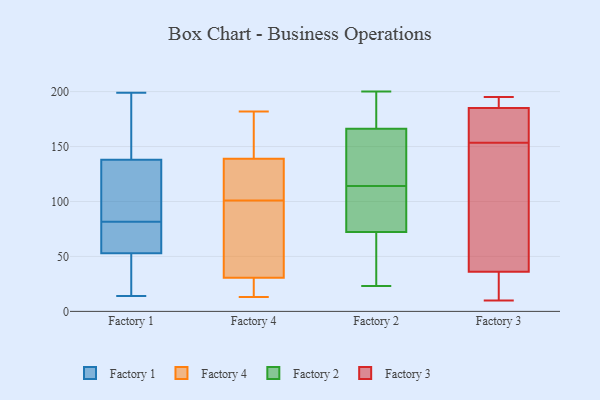
{"axis": {"x": "Latency (ms)", "y": "Value"}, "legend": ["Factory 1", "Factory 2", "Factory 3", "Factory 4"], "data": [{"x": "", "y": 168, "type": "Factory 1"}, {"x": "", "y": 120, "type": "Factory 1"}, {"x": "", "y": 66, "type": "Factory 1"}, {"x": "", "y": 132, "type": "Factory 1"}, {"x": "", "y": 14, "type": "Factory 1"}, {"x": "", "y": 20, "type": "Factory 1"}, {"x": "", "y": 90, "type": "Factory 1"}, {"x": "", "y": 199, "type": "Factory 1"}, {"x": "", "y": 63, "type": "Factory 1"}, {"x": "", "y": 31, "type": "Factory 1"}, {"x": "", "y": 18, "type": "Factory 1"}, {"x": "", "y": 73, "type": "Factory 1"}, {"x": "", "y": 192, "type": "Factory 1"}, {"x": "", "y": 138, "type": "Factory 1"}, {"x": "", "y": 53, "type": "Factory 1"}, {"x": "", "y": 72, "type": "Factory 1"}, {"x": "", "y": 161, "type": "Factory 1"}, {"x": "", "y": 126, "type": "Factory 1"}, {"x": "", "y": 128, "type": "Factory 4"}, {"x": "", "y": 28, "type": "Factory 4"}, {"x": "", "y": 148, "type": "Factory 4"}, {"x": "", "y": 178, "type": "Factory 4"}, {"x": "", "y": 52, "type": "Factory 4"}, {"x": "", "y": 124, "type": "Factory 4"}, {"x": "", "y": 33, "type": "Factory 4"}, {"x": "", "y": 182, "type": "Factory 4"}, {"x": "", "y": 130, "type": "Factory 4"}, {"x": "", "y": 13, "type": "Factory 4"}, {"x": "", "y": 23, "type": "Factory 4"}, {"x": "", "y": 78, "type": "Factory 4"}, {"x": "", "y": 99, "type": "Factory 2"}, {"x": "", "y": 62, "type": "Factory 2"}, {"x": "", "y": 84, "type": "Factory 2"}, {"x": "", "y": 200, "type": "Factory 2"}, {"x": "", "y": 157, "type": "Factory 2"}, {"x": "", "y": 199, "type": "Factory 2"}, {"x": "", "y": 72, "type": "Factory 2"}, {"x": "", "y": 168, "type": "Factory 2"}, {"x": "", "y": 114, "type": "Factory 2"}, {"x": "", "y": 109, "type": "Factory 2"}, {"x": "", "y": 199, "type": "Factory 2"}, {"x": "", "y": 23, "type": "Factory 2"}, {"x": "", "y": 144, "type": "Factory 2"}, {"x": "", "y": 73, "type": "Factory 2"}, {"x": "", "y": 138, "type": "Factory 2"}, {"x": "", "y": 29, "type": "Factory 2"}, {"x": "", "y": 184, "type": "Factory 2"}, {"x": "", "y": 51, "type": "Factory 2"}, {"x": "", "y": 161, "type": "Factory 2"}, {"x": "", "y": 10, "type": "Factory 3"}, {"x": "", "y": 185, "type": "Factory 3"}, {"x": "", "y": 33, "type": "Factory 3"}, {"x": "", "y": 158, "type": "Factory 3"}, {"x": "", "y": 195, "type": "Factory 3"}, {"x": "", "y": 176, "type": "Factory 3"}, {"x": "", "y": 185, "type": "Factory 3"}, {"x": "", "y": 149, "type": "Factory 3"}, {"x": "", "y": 46, "type": "Factory 3"}, {"x": "", "y": 36, "type": "Factory 3"}]}